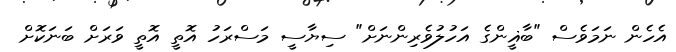
އެހެން ނަމަވެސް "ބާޣީންގެ އަހުލުވެރިންނަށް" ސިޔާސީ މަސްރަހު އޮތީ އޮތީ ވަރަށް ބަނަކޮށް